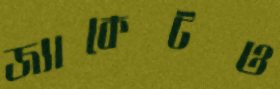
জ্যাকেটও